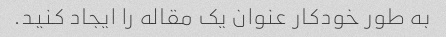
به طور خودکار عنوان یک مقاله را ایجاد کنید.